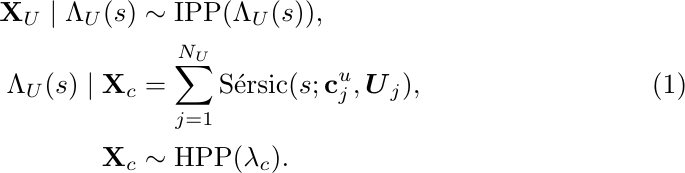
    \begin{align}\label{eqn: PCP_UDG}
    \mathbf{X}_U \mid \Lambda_U(s) &\sim \text{IPP}(\Lambda_U(s)), \nonumber \\
    \Lambda_U(s) \mid \mathbf{X}_c &= \sum_{j = 1}^{N_U} \text{S\'{e}rsic}(s;  \mathbf{c}_j^u, \boldsymbol{U}_j), \\
    \mathbf{X}_c &\sim \text{HPP}(\lambda_c). \nonumber
    \end{align}